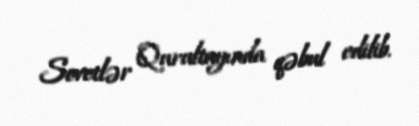
Sovetlər Qurultayında qəbul edilib.